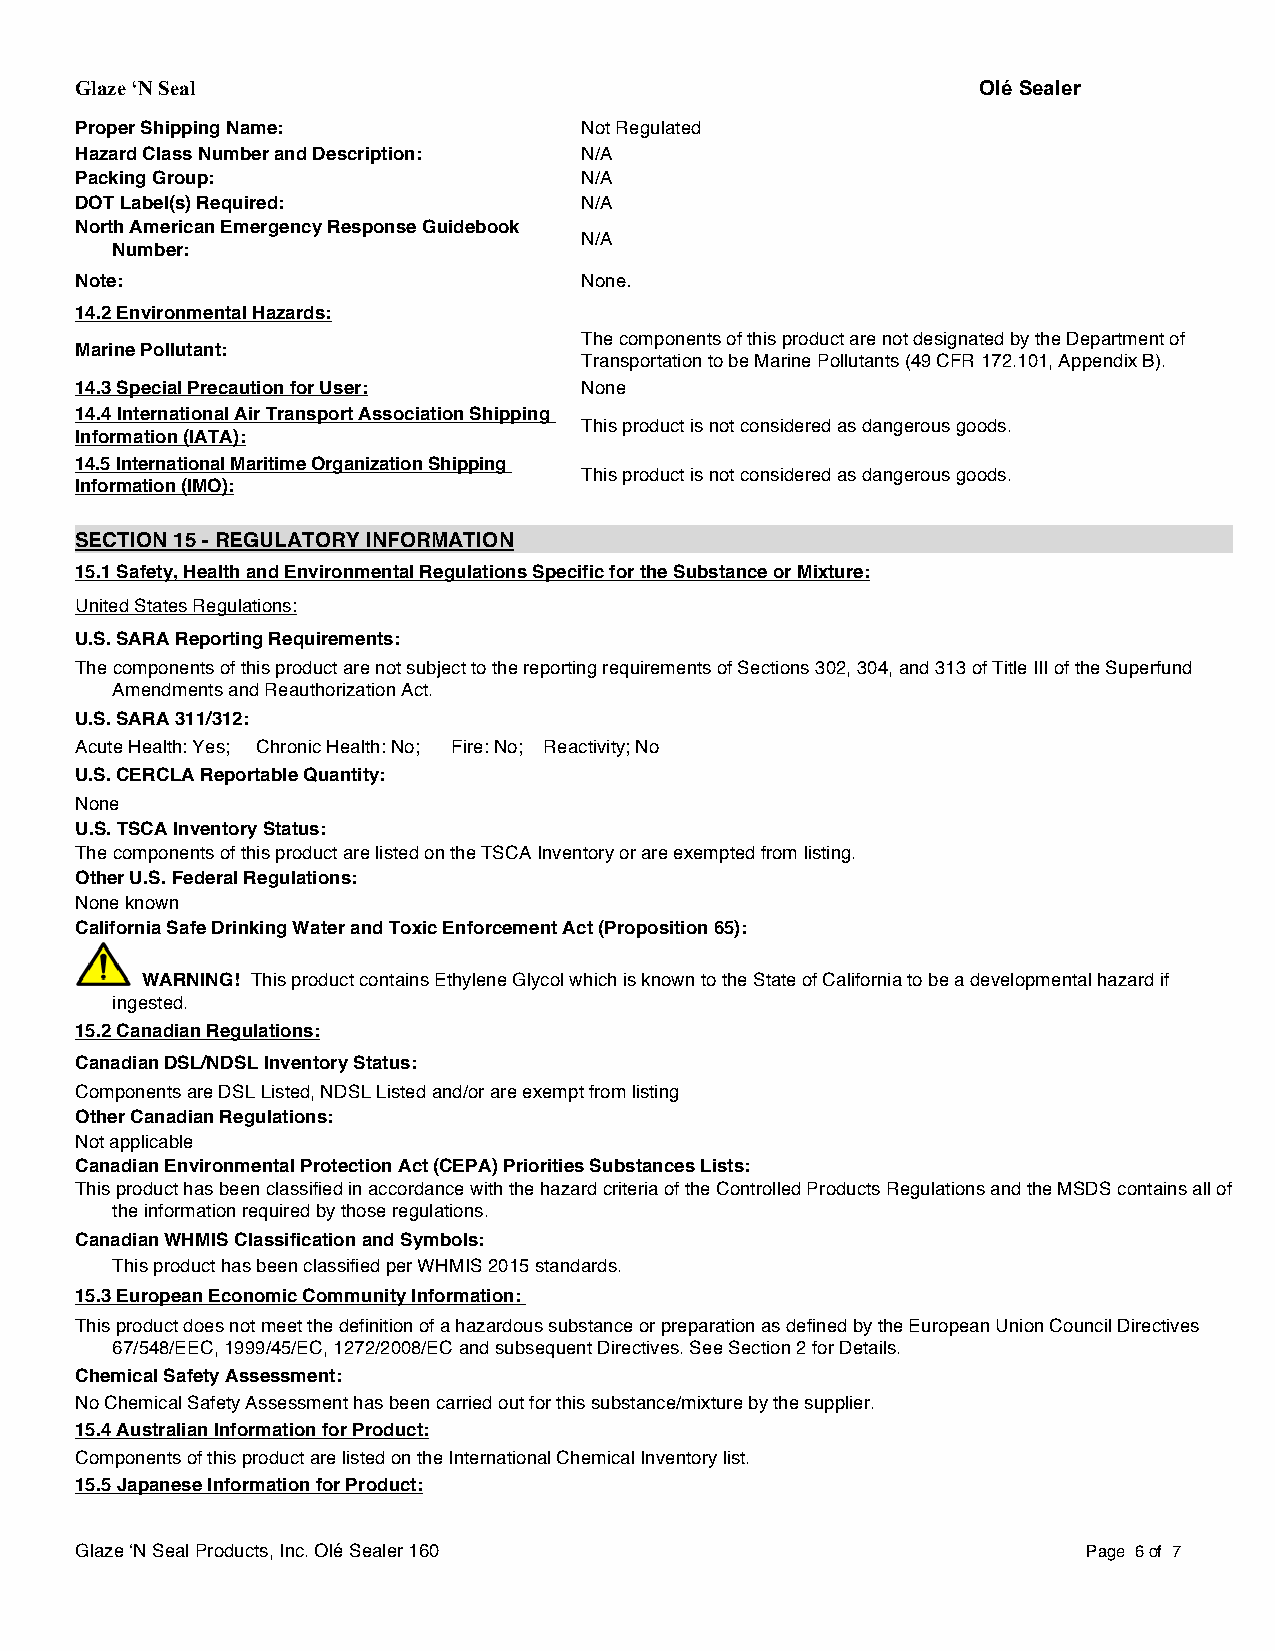
Glaze ‘N Seal                                               Olé Sealer
 Proper Shipping Name:            Not Regulated
 Hazard Class Number and Description: N/A
 Packing Group:                   N/A
 DOT Label(s) Required:           N/A
 North American Emergency Response Guidebook
 N/A
 Number:
 Note:                            None.
 14.2 Environmental Hazards:
 The components of this product are not designated by the Department of
 Marine Pollutant:
 Transportation to be Marine Pollutants (49 CFR 172.101, Appendix B).
 14.3 Special Precaution for User: None
 14.4 International Air Transport Association Shipping
 This product is not considered as dangerous goods.
 Information (IATA):
 14.5 International Maritime Organization Shipping
 This product is not considered as dangerous goods.
 Information (IMO):
 SECTION 15 - REGULATORY INFORMATION
 15.1 Safety, Health and Environmental Regulations Specific for the Substance or Mixture:
 United States Regulations:
 U.S. SARA Reporting Requirements:
 The components of this product are not subject to the reporting requirements of Sections 302, 304, and 313 of Title III of the Superfund
 Amendments and Reauthorization Act.
 U.S. SARA 311/312:
 Acute Health: Yes; Chronic Health: No; Fire: No; Reactivity; No
 U.S. CERCLA Reportable Quantity:
 None
 U.S. TSCA Inventory Status:
 The components of this product are listed on the TSCA Inventory or are exempted from listing.
 Other U.S. Federal Regulations:
 None known
 California Safe Drinking Water and Toxic Enforcement Act (Proposition 65):
 WARNING! This product contains Ethylene Glycol which is known to the State of California to be a developmental hazard if
 ingested.
 15.2 Canadian Regulations:
 Canadian DSL/NDSL Inventory Status:
 Components are DSL Listed, NDSL Listed and/or are exempt from listing
 Other Canadian Regulations:
 Not applicable
 Canadian Environmental Protection Act (CEPA) Priorities Substances Lists:
 This product has been classified in accordance with the hazard criteria of the Controlled Products Regulations and the MSDS contains all of
 the information required by those regulations.
 Canadian WHMIS Classification and Symbols:
 This product has been classified per WHMIS 2015 standards.
 15.3 European Economic Community Information:
 This product does not meet the definition of a hazardous substance or preparation as defined by the European Union Council Directives
 67/548/EEC, 1999/45/EC, 1272/2008/EC and subsequent Directives. See Section 2 for Details.
 Chemical Safety Assessment:
 No Chemical Safety Assessment has been carried out for this substance/mixture by the supplier.
 15.4 Australian Information for Product:
 Components of this product are listed on the International Chemical Inventory list.
 15.5 Japanese Information for Product:
 Glaze ‘N Seal Products, Inc. Olé Sealer 160                        Page 6 of 7